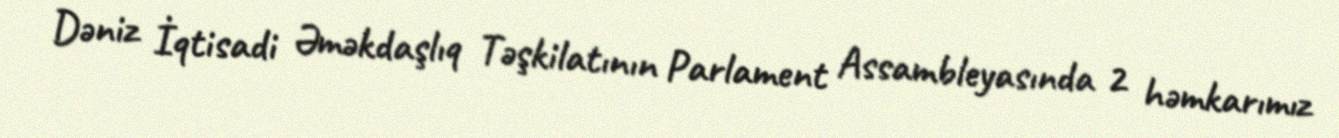
Dəniz İqtisadi Əməkdaşlıq Təşkilatının Parlament Assambleyasında 2 həmkarımız